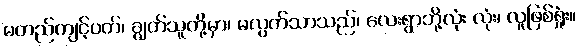
မတည်ကျင့်ဝတ်၊ ချွတ်သူတို့မှာ၊ မလွတ်သာသည်၊ လေးရွာဘို့လုံး လုံး၊ လူဖြစ်ရှုံး။